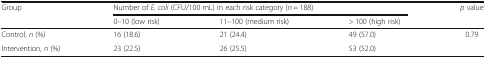
<table><thead><tr><td rowspan="2"><b>Group</b></td><td colspan="3"><b>Number of <i>E. coli</i> (CFU/100 mL) in each risk category (<i>n</i> = 188)</b></td><td rowspan="2"><b><i>p</i> value</b></td></tr><tr><td><b>0–10 (low risk)</b></td><td><b>11–100 (medium risk)</b></td><td><b>&gt; 100 (high risk)</b></td></tr></thead><tbody><tr><td>Control, <i>n</i> (%)</td><td>16 (18.6)</td><td>21 (24.4)</td><td>49 (57.0)</td><td rowspan="2">0.79</td></tr><tr><td>Intervention, <i>n</i> (%)</td><td>23 (22.5)</td><td>26 (25.5)</td><td>53 (52.0)</td></tr></tbody></table>